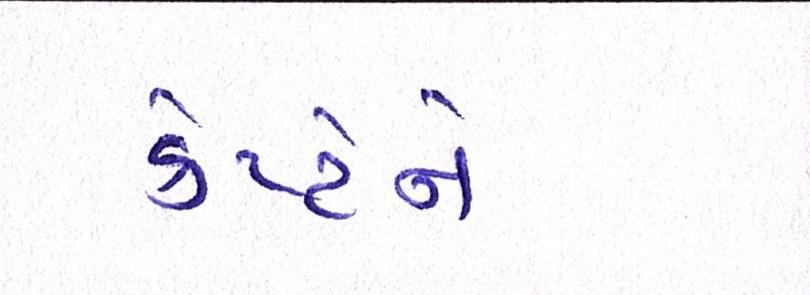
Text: કેપ્ટને